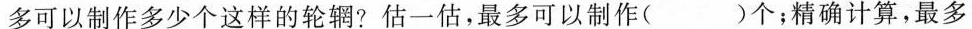
多可以制作多少个这样的轮辋?估一估，最多可以制作（ ）个；精确计算，最多